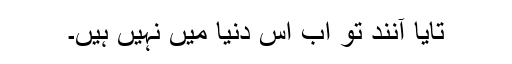
تایا آنند تو اب اس دنیا میں نہیں ہیں۔